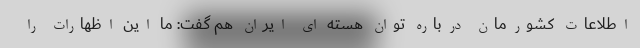
اطلاعات کشورمان درباره توان هسته ای ایران هم گفت: ما این اظهارات را